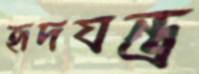
হৃদযন্ত্র